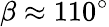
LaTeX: \beta\approx 110^{\circ}